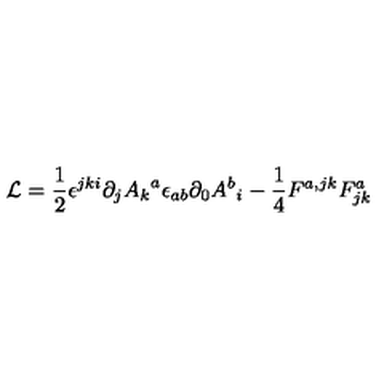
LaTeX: { \cal L } = { \frac { 1 } { 2 } } \epsilon ^ { j k i } \partial _ { j } { A _ { k } } ^ { a } \epsilon _ { a b } \partial _ { 0 } { { A ^ { b } } _ { i } } - \frac { 1 } { 4 } F ^ { a , j k } F _ { j k } ^ { a }